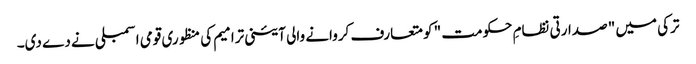
ترکی میں " صدارتی نظامِ حکومت " کو متعارف کروانے والی آئینی ترامیم کی منظوری قومی اسمبلی نے دے دی۔